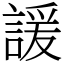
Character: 諼